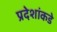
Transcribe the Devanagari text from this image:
प्रदेशांकडे